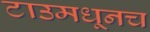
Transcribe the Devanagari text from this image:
टाउमधूनच